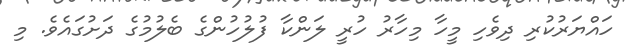
ހައްޔަރުކުރި ދިވެހި މީހާ މިހާރު ހުރީ ލަންކާ ފުލުހުންގެ ބެލުމުގެ ދަށުގައެވެ. މި